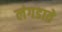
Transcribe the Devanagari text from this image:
लंगडाते